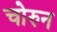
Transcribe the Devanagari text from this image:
चोरुन